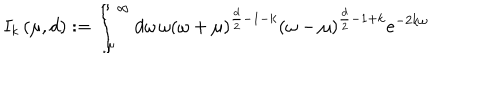
LaTeX: I _ { k } \left( \mu , d \right) : = \int _ { \mu } ^ { \infty } d \omega \, \omega \left( \omega + \mu \right) ^ { \frac { d } { 2 } - 1 - k } \left( \omega - \mu \right) ^ { \frac { d } { 2 } - 1 + k } e ^ { - 2 k \omega }